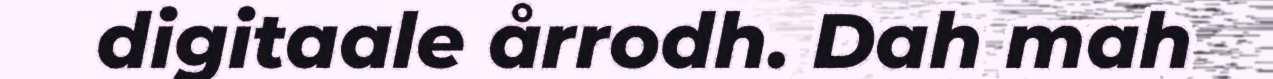
digitaale årrodh. Dah mah